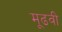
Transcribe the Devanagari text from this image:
मूढवी